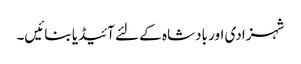
شہزادی اور بادشاہ کے لئے آئیڈیا بنائیں۔